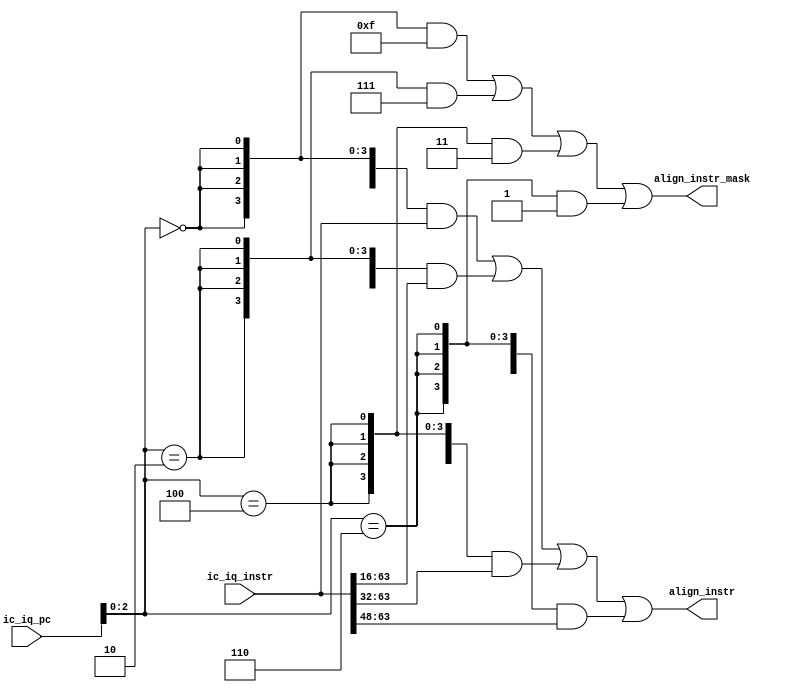
module iAlign (

	input [63:0] ic_iq_pc,
	input [63:0] ic_iq_instr,

	output [63:0] align_instr,
	output [3:0] align_instr_mask

);

	wire [2:0] pc_lsb = ic_iq_pc[2:0];


	assign align_instr = 
			( {64{pc_lsb == 3'b000}} & ic_iq_instr)
			|
			( {64{pc_lsb == 3'b010}} & {16'b0, ic_iq_instr[63:16]} )
			|
			( {64{pc_lsb == 3'b100}} & {32'b0, ic_iq_instr[63:32]})
			|
			( {64{pc_lsb == 3'b110}} & {48'b0, ic_iq_instr[63:48]});

	assign align_instr_mask = 
			( {4{pc_lsb == 3'b000}} & 4'b1111)
			|
			( {4{pc_lsb == 3'b010}} & 4'b0111 )
			|
			( {4{pc_lsb == 3'b100}} & 4'b0011)
			|
			( {4{pc_lsb == 3'b110}} & 4'b0001);





endmodule